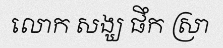
លោក សង្ឃ ផឹក ស្រា